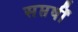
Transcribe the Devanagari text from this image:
सप्तर्षीं